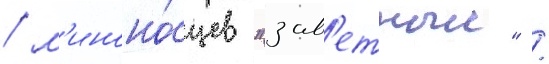
/ м'иноно́сцев "зав'етныи" /